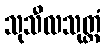
သုသီလသုတ္တံ